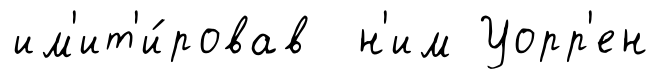
им'ит'и́ровав н'им Уорр'ен